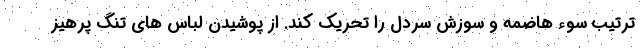
ترتیب سوء هاضمه و سوزش سردل را تحریک کند. از پوشیدن لباس های تنگ پرهیز